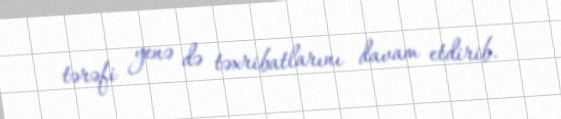
tərəfi yenə də təxribatlarını davam etdirib.